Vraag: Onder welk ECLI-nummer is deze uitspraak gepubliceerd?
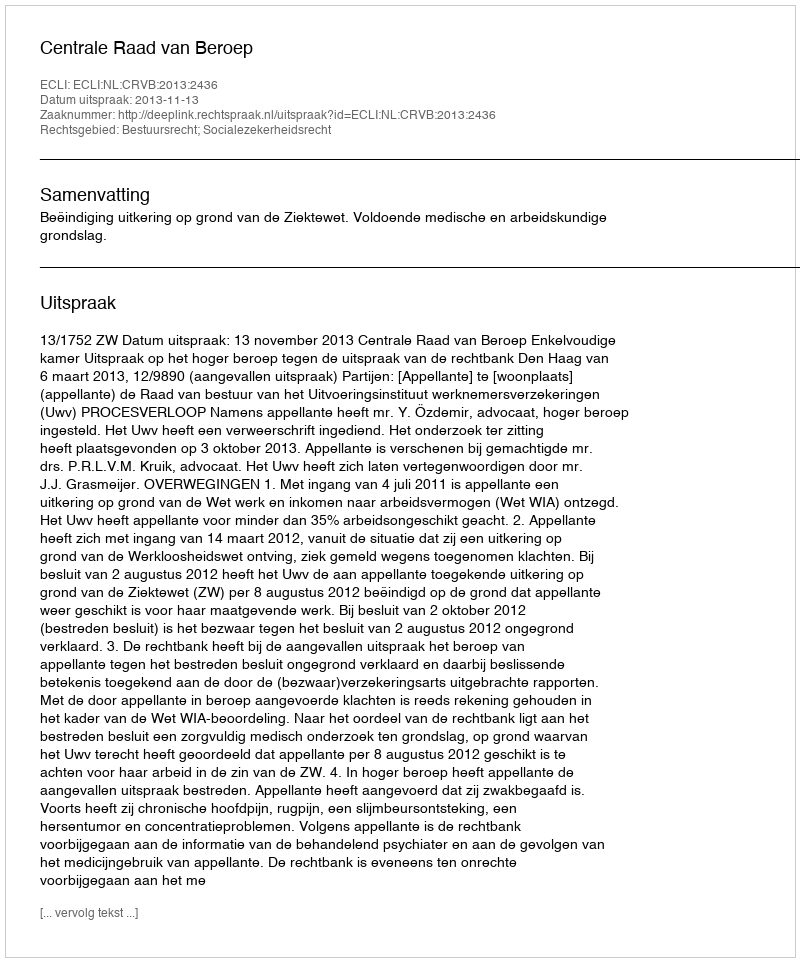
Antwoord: ECLI:NL:CRVB:2013:2436